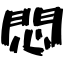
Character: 悶